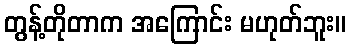
တွန့်တိုတာက အကြောင်း မဟုတ်ဘူး။